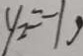
y _ { 2 } = - 1 y